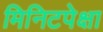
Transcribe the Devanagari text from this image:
मिनिटपेक्षा